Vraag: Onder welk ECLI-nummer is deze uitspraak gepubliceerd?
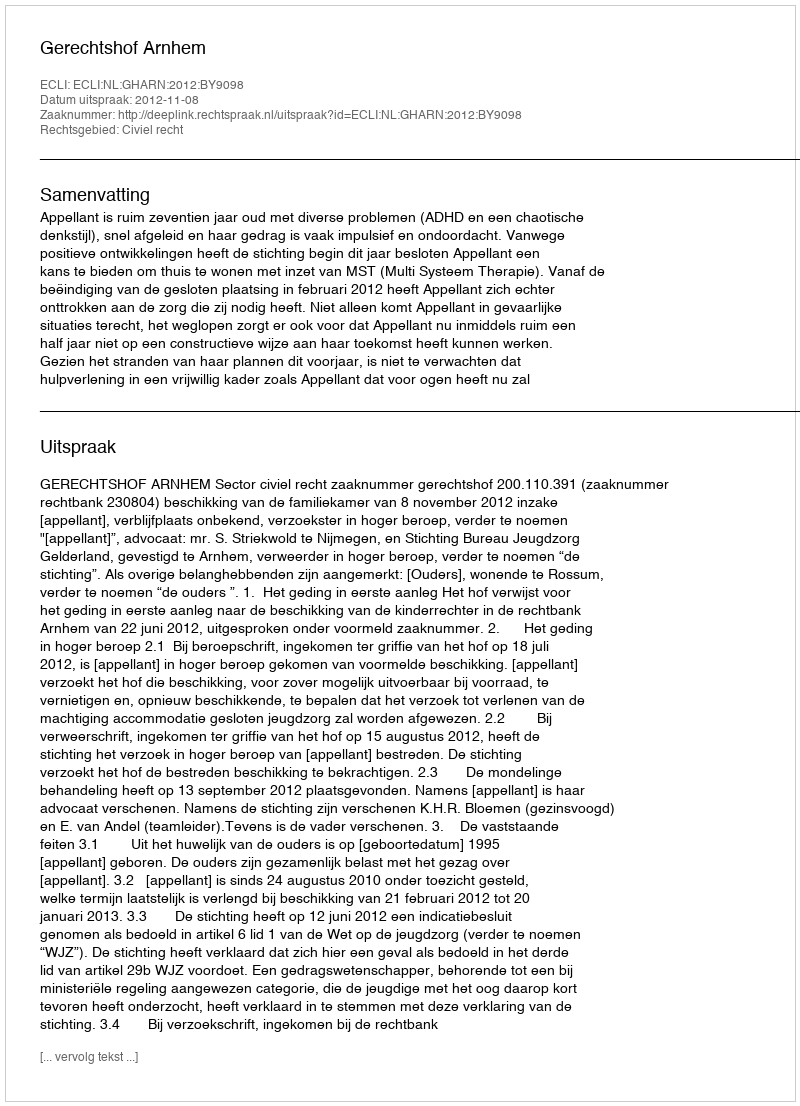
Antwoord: ECLI:NL:GHARN:2012:BY9098